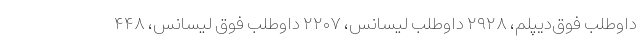
داوطلب فوق‌دیپلم، ۲۹۲۸ داوطلب لیسانس، ۲۲۰۷ داوطلب فوق لیسانس، ۴۴۸